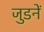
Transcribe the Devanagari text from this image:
जुडनें